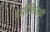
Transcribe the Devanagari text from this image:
ओरीसिसची